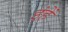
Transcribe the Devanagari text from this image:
इंहें